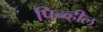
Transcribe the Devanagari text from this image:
पिन्व्हील